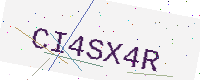
Text: CI4SX4R